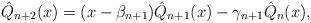
LaTeX: \begin{align*}\hat Q_{n+2}(x)=(x-\beta_{n+1})\hat Q_{n+1}(x)-\gamma_{n+1}\hat Q_{n}(x),\end{align*}